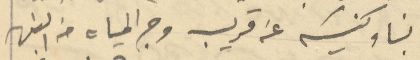
وبناء كنيسة عن قريب وجر المياه من النهر